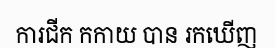
ការជីក កកាយ បាន រកឃើញ